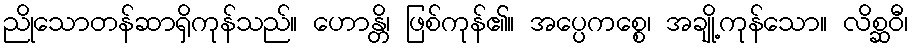
ညိုသောတန်ဆာရှိကုန်သည်။ ဟောန္တိ၊ ဖြစ်ကုန်၏။ အပ္ပေကစ္စေ၊ အချို့ကုန်သော။ လိစ္ဆဝီ၊